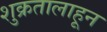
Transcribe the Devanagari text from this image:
शुक्रतालाहून